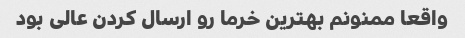
واقعا ممنونم بهترین خرما رو ارسال کردن عالی بود